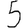
Digit: 5